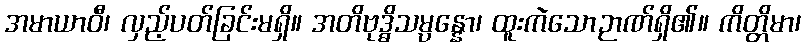
အမာယာဝီ၊ လှည့်ပတ်ခြင်းမရှိ။ အတိဗုဒ္ဓိသမ္ပန္နော၊ ထူးကဲသောဉာဏ်ရှိ၏။ ကိတ္တိမာ၊